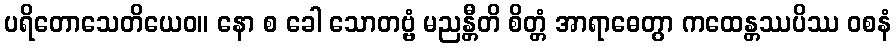
ပရိတောသေတိယေဝ။ နော စ ခေါ သောတဗ္ဗံ မညန္တီတိ စိတ္တံ အာရာဓေတွာ ကထေန္တဿပိဿ ဝစနံ